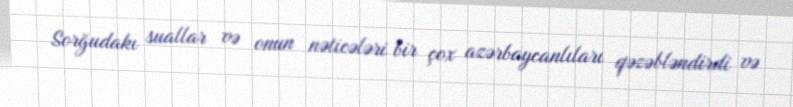
Sorğudakı suallar və onun nəticələri bir çox azərbaycanlıları qəzəbləndirdi və